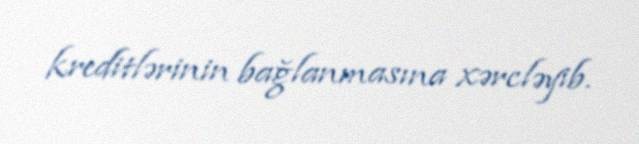
kreditlərinin bağlanmasına xərcləyib.